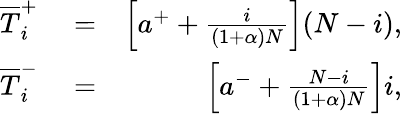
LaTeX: \begin{array}{rlr}{\overline{T}_{i}^{+}}&{{}=}&{\left[a^{+}+\frac{i}{(1+\alpha)N}\right](N-i),}\\ {\overline{T}_{i}^{-}}&{{}=}&{\left[a^{-}+\frac{N-i}{(1+\alpha)N}\right]i,}\end{array}